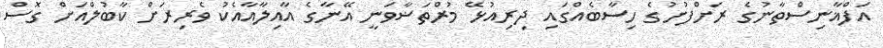
އަފްޣާނިސްތާނުގެ ރަށްފުށުގެ ހިސާބެއްގައި ދިރިއުޅޭ މުރްތަޟާވަނީ އޭނާގެ އާއިލާއާއެކު ވެރިރަށް ކާބުލްއަށް ގޮސް